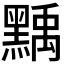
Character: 𪑴